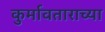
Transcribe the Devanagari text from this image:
कुर्मावताराच्या